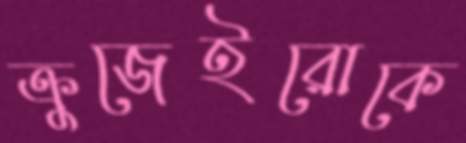
ক্রুজেইরোকে